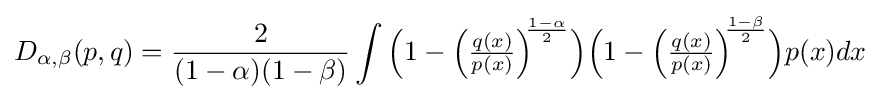
D_{\alpha ,\beta }(p,q)={\frac {2}{(1-\alpha )(1-\beta )}}\int {\Big (}1-{\Big (}{\tfrac {q(x)}{p(x)}}{\Big )}^{\!\!{\frac {1-\alpha }{2}}}{\Big )}{\Big (}1-{\Big (}{\tfrac {q(x)}{p(x)}}{\Big )}^{\!\!{\frac {1-\beta }{2}}}{\Big )}p(x)dx